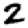
Digit: 2